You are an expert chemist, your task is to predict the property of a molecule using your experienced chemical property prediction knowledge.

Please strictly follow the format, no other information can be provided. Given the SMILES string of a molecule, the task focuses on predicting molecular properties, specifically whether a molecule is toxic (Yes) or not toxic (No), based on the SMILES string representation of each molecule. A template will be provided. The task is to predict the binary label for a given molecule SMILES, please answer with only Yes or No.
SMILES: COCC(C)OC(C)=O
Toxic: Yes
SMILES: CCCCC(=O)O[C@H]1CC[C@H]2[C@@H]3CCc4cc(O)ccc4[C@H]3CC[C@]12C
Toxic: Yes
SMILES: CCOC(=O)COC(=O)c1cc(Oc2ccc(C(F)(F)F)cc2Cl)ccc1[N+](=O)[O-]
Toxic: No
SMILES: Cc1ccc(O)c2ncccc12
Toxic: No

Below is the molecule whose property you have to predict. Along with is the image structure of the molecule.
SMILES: CCNc1ccc(C(=C2C=CC(=[N+](CC)CC)C=C2)c2ccc(N(CC)CC)cc2)c2ccccc12
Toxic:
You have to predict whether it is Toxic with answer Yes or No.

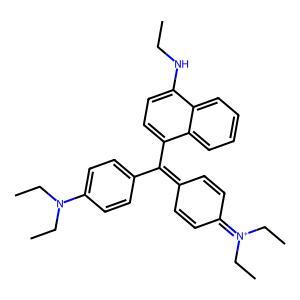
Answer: No